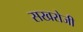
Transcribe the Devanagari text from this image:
सखरोजी